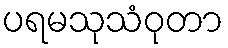
ပရမသုသံဝုတာ